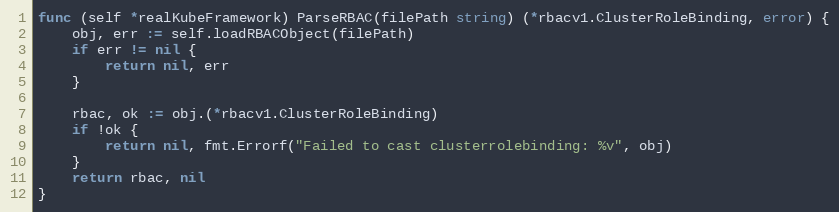
Language: Go
func (self *realKubeFramework) ParseRBAC(filePath string) (*rbacv1.ClusterRoleBinding, error) {
	obj, err := self.loadRBACObject(filePath)
	if err != nil {
		return nil, err
	}

	rbac, ok := obj.(*rbacv1.ClusterRoleBinding)
	if !ok {
		return nil, fmt.Errorf("Failed to cast clusterrolebinding: %v", obj)
	}
	return rbac, nil
}